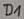
Text: D1